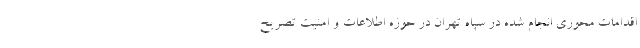
اقدامات محوری انجام شده در سپاه تهران در حوزه اطلاعات و امنیت تصریح